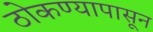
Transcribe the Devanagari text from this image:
ठोकण्यापासून